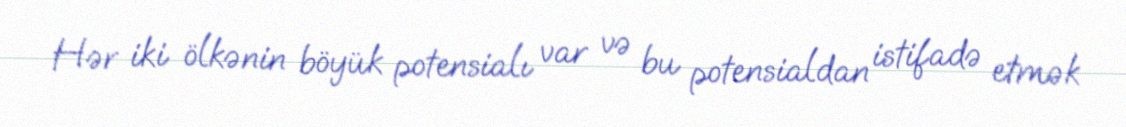
Hər iki ölkənin böyük potensialı var və bu potensialdan istifadə etmək